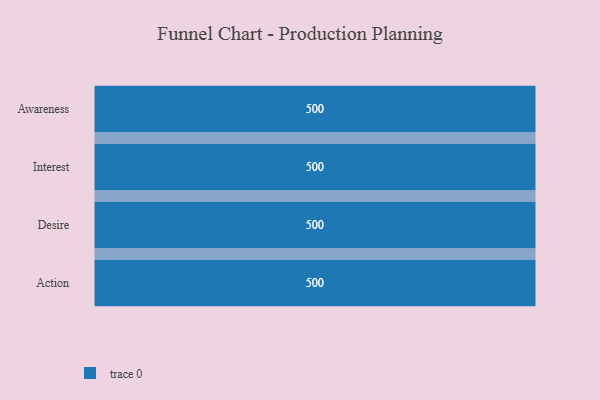
{"axis": {"x": "Stage", "y": "Value"}, "legend": [""], "data": [{"x": "Awareness", "y": 500, "type": ""}, {"x": "Interest", "y": 500, "type": ""}, {"x": "Desire", "y": 500, "type": ""}, {"x": "Action", "y": 500, "type": ""}]}